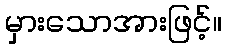
မှားသောအားဖြင့်။